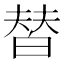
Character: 𰤚